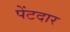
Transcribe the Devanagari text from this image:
पेंटदार